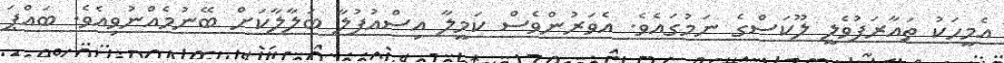
އެމީހަކު ތައާރަފުވެލީ ލޫކަސްގެ ނަމުގައެވެ. އެވަރުންވެސް ކަމީލާ އިސްއުފުލާ ބަލާލާކަށް ބޭނުމެއްނުވިއެވެ. ބައްޕަ